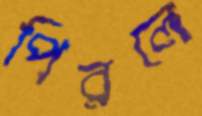
পিরলে